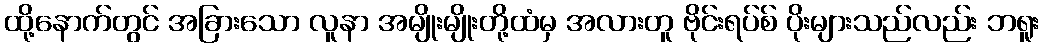
ထို့နောက်တွင် အခြားသော လူနာ အမျိုးမျိုးတို့ထံမှ အလားတူ ဗိုင်းရပ်စ် ပိုးများသည်လည်း ဘရူး